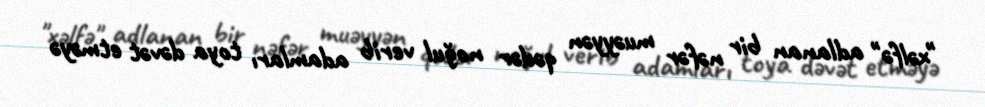
"xəlfə" adlanan bir nəfər muəyyən qədər noğul verib adamları toya dəvət etməyə